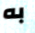
به